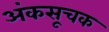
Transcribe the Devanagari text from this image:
अंकसूचक